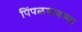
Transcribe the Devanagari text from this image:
पिंपळगावच्या